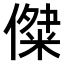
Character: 𠎖